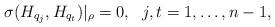
LaTeX: \begin{align*} \sigma(H_{q_j}, H_{q_t})|_\rho=0,\ \ j, t=1,\ldots,n-1,\end{align*}